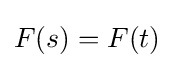
F(s)=F(t)